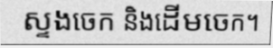
ស្ទងចេក និងដើមចេក។